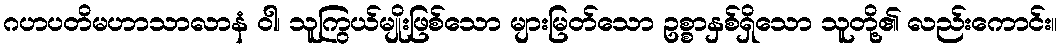
ဂဟပတိမဟာသာလာနံ ဝါ၊ သူကြွယ်မျိုးဖြစ်သော များမြတ်သော ဥစ္စာနှစ်ရှိသော သူတို့၏ လည်းကောင်း။